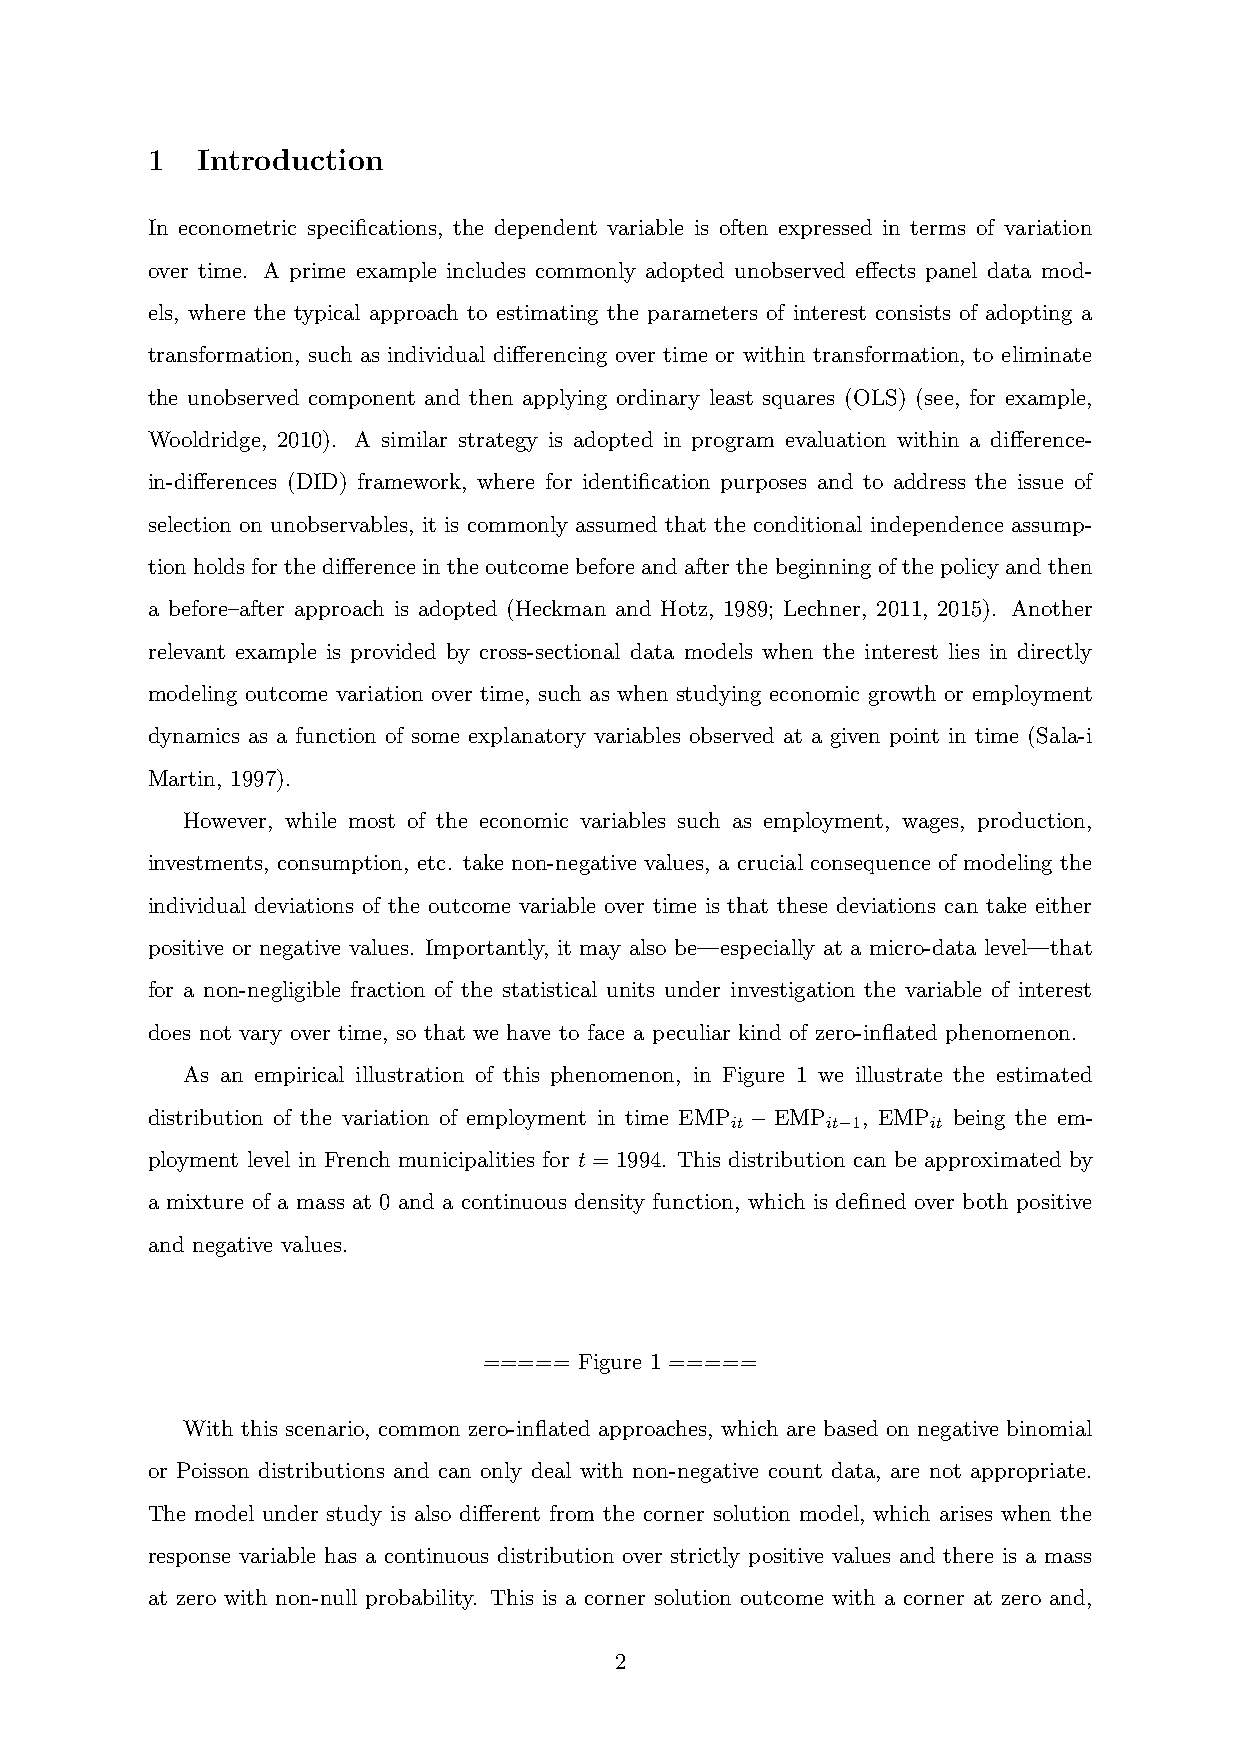
1  Introduction
 In econometric specifications, the dependent variable is often expressed in terms of variation
 over time. A prime example includes commonly adopted unobserved effects panel data mod-
 els, where the typical approach to estimating the parameters of interest consists of adopting a
 transformation, such as individual differencing over time or within transformation, to eliminate
 the unobserved component and then applying ordinary least squares (OLS) (see, for example,
 Wooldridge, 2010). A similar strategy is adopted in program evaluation within a difference-
 in-differences (DID) framework, where for identification purposes and to address the issue of
 selection on unobservables, it is commonly assumed that the conditional independence assump-
 tionholdsforthedifferenceintheoutcomebeforeandafterthebeginningofthepolicyandthen
 a before–after approach is adopted (Heckman and Hotz, 1989; Lechner, 2011, 2015). Another
 relevant example is provided by cross-sectional data models when the interest lies in directly
 modeling outcome variation over time, such as when studying economic growth or employment
 dynamics as a function of some explanatory variables observed at a given point in time (Sala-i
 Martin, 1997).
 However, while most of the economic variables such as employment, wages, production,
 investments, consumption, etc. take non-negative values, a crucial consequence of modeling the
 individual deviations of the outcome variable over time is that these deviations can take either
 positive or negative values. Importantly, it may also be—especially at a micro-data level—that
 for a non-negligible fraction of the statistical units under investigation the variable of interest
 does not vary over time, so that we have to face a peculiar kind of zero-inflated phenomenon.
 As an empirical illustration of this phenomenon, in Figure 1 we illustrate the estimated
 distribution of the variation of employment in time EMP −EMP , EMP being the em-
 it     it−1   it
 ployment level in French municipalities for t = 1994. This distribution can be approximated by
 a mixture of a mass at 0 and a continuous density function, which is defined over both positive
 and negative values.
 ===== Figure 1 =====
 With this scenario, common zero-inflated approaches, which are based on negative binomial
 or Poisson distributions and can only deal with non-negative count data, are not appropriate.
 The model under study is also different from the corner solution model, which arises when the
 response variable has a continuous distribution over strictly positive values and there is a mass
 at zero with non-null probability. This is a corner solution outcome with a corner at zero and,
 2